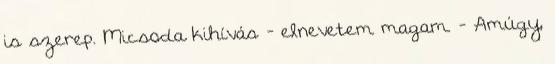
is szerep. Micsoda kihívás - elnevetem magam. - Amúgy,